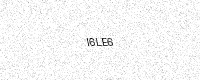
Text: I6LE6